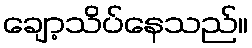
ချော့သိပ်နေသည်။